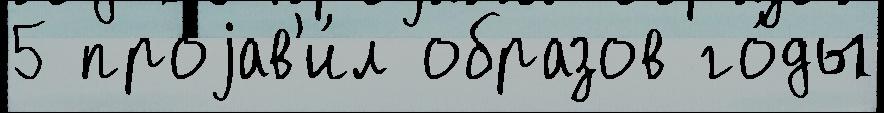
5 проjав'и́л образов го́ды